Scottish Certificate of Education, 1963
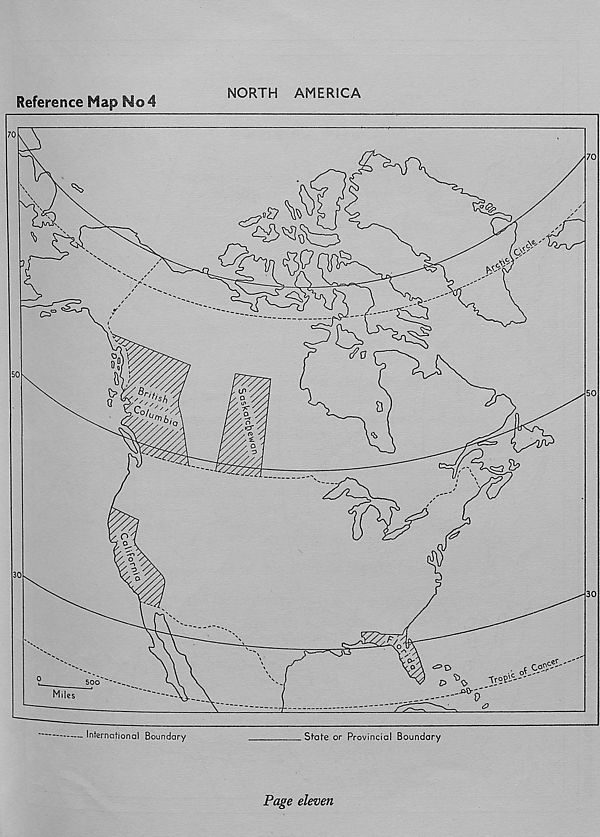
Reference Map No4
NORTH AMERICA
— International Boundary
State or Provincial Boundary
Page eleven